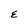
Character: E